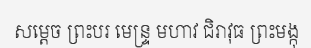
សម្តេច ព្រះបរ មេន្ទ្រ មហាវ ជិរាវុធ ព្រះមង្កុ